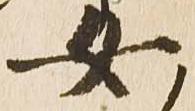
女